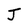
Character: J